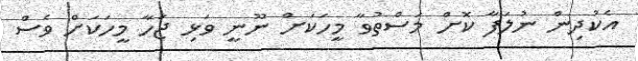
އެކުދިން ނުލަފާ ކޮށް މަސްތުވާ މީހަކަށް ނޫނީ ވަޅި ޖަހާ މީހަކަށް ވެސް